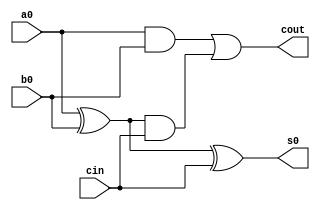
// ---------------------
// Guia 06 - CAPITULO 3
// 17/09
// ALU - 4Bytes
// Nome: Bruno Calil Nicoliello Moreira
// ---------------------

// ---------------------
// -- fulladder
// ---------------------

module fulladder(cout, s0, a0, b0, cin);
	output cout, s0;
	input a0, b0, cin;
	wire c0,c1,c2; 
	
	xor xor1(c0, a0, b0);
	and and1(c1, a0, b0);
	
	xor xor2(s0, c0, cin);
	and and2(c2, c0, cin);
	
	or or1(cout, c1, c2);
	
endmodule //fulladder

// ---------------------
// -- adder completo
// ---------------------

module adder(flags,s,ch,a,b);
	output [4:0] s;
	output [1:0] flags;
	input [3:0] a , b;
	input ch;
	wire c1, c3, c5, c7,c9,x1,x2,x3,x4; 
	
	
	xor xor1(x1,ch,b[0]);
	xor xor2(x2,ch,b[1]);
	xor xor3(x3,ch,b[2]);
	xor xor4(x4,ch,b[3]);
	
	
	fulladder f1(c1, s[0], a[0], x1, ch);
	fulladder f2(c3, s[1], a[1], x2, c1);
	fulladder f3(c5, s[2], a[2], x3, c3);
	fulladder f4(c9, s[3], a[3], x4, c5);
	xor xor5(s[4],c9,ch);
	
	not not1(c7,c5);
	and and1(flags[1], c7, s[4]);
	
	nor nor1 (flags[0], s[4],s[3],s[2],s[1],s[0]);
	
endmodule //adder

// ---------------------
// -- comparador maior menor dif,igual,a,b
// ---------------------

module comparador(maior, menor, dif, igual,a,b);

	output maior, menor, dif, igual;
	input [3:0] a , b;
	
	wire a1,a2,a3,a4,a5,a6,a7,a8,a10,a11,a12,a13,a14,a15,o1,o2,o3,o4;
	
	and and1(a1, ~a[0], b[0]);
	and and2(a2, a[0], ~b[0]);
	and and3(a3, ~a[1], b[1]);
	and and4(a4, a[1], ~b[1]);
	and and5(a5, ~a[2], b[2]);
	and and6(a6, a[2], ~b[2]);
	and and7(a7, ~a[3], b[3]);
	and and8(a8, a[3], ~b[3]);
	
	nor nor1(o1,a1,a2);
	nor nor2(o2,a3,a4);
	nor nor3(o3,a5,a6);
	nor nor4(o4,a7,a8);
	
	and and10(a10,a3,o1);
	and and11(a11,a4,o1);
	and and12(a12,a5,o1,o2);
	and and13(a13,a6,o1,o2);
	and and14(a14,a7,o1,o2,o3);
	and and15(a15,a8,o1,o2,o3);
	and and16(igual,o1,o2,o3,o4);
	
	assign dif = ~igual;
	
	or or10(menor,a1,a10,a12,a14); 
	or or11(maior,a2,a11,a13,a15);
	
endmodule //comparador
	
// ---------------------
// -- teste
// ---------------------
module teste;

	wire[4:0] s;
	wire[1:0] f;
	wire maior,menor,dif,igual;
	reg[3:0] a,b;
	reg ch;
	
	adder A1(f,s,ch, a, b);
	comparador c1(maior, menor, dif, igual,a,b);
	
	initial begin
		
		$display("Bruno Calil Nicoliello Moreira - 405790");
      $display("Teste ALU");
		$display("ch  A    B   =  S      M m D I O Z");
		$monitor("%b %4b  %4b =  %5b  %b %b %b %b %b %b", ch,a, b, s,  maior,menor,dif,igual,f[1],f[0]);
		#1 ch=1; a=0; b=1; 
		#1 ch=0; a=1; b=1; 
		#1 ch=1; a=2; b=1;
		#1 ch=1; a=2; b=0; 
		#1 ch=0; a=3; b=1; 
		#1 ch=1; a=3; b=2;
		#1 ch=1; a=3; b=3; 
		#1 ch=0; a=4; b=1; 
		#1 ch=1; a=4; b=2;
		#1 ch=1; a=4; b=3; 
		#1 ch=0; a=4; b=4; 
		#1 ch=1; a=5; b=1; 
	end
	
endmodule //teste